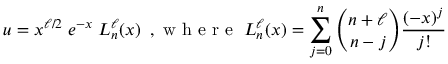
u = x ^ { { \ell } / { 2 } } \; e ^ { - x } \; L _ { n } ^ { \ell } ( x ) \, \mathrm { ~ , ~ w ~ h ~ e ~ r ~ e ~ } \; L _ { n } ^ { \ell } ( x ) = \sum _ { j = 0 } ^ { n } \binom { n + \ell } { n - j } \frac { ( - x ) ^ { j } } { j ! }